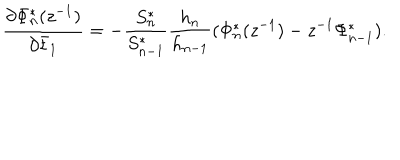
\frac { \partial \Phi _ { n } ^ { * } ( z ^ { - 1 } ) } { \partial \bar { t } _ { 1 } } = - \frac { S _ { n } ^ { * } } { S _ { n - 1 } ^ { * } } \frac { h _ { n } } { h _ { n - 1 } } ( \Phi _ { n } ^ { * } ( z ^ { - 1 } ) - z ^ { - 1 } \Phi _ { n - 1 } ^ { * } ) .